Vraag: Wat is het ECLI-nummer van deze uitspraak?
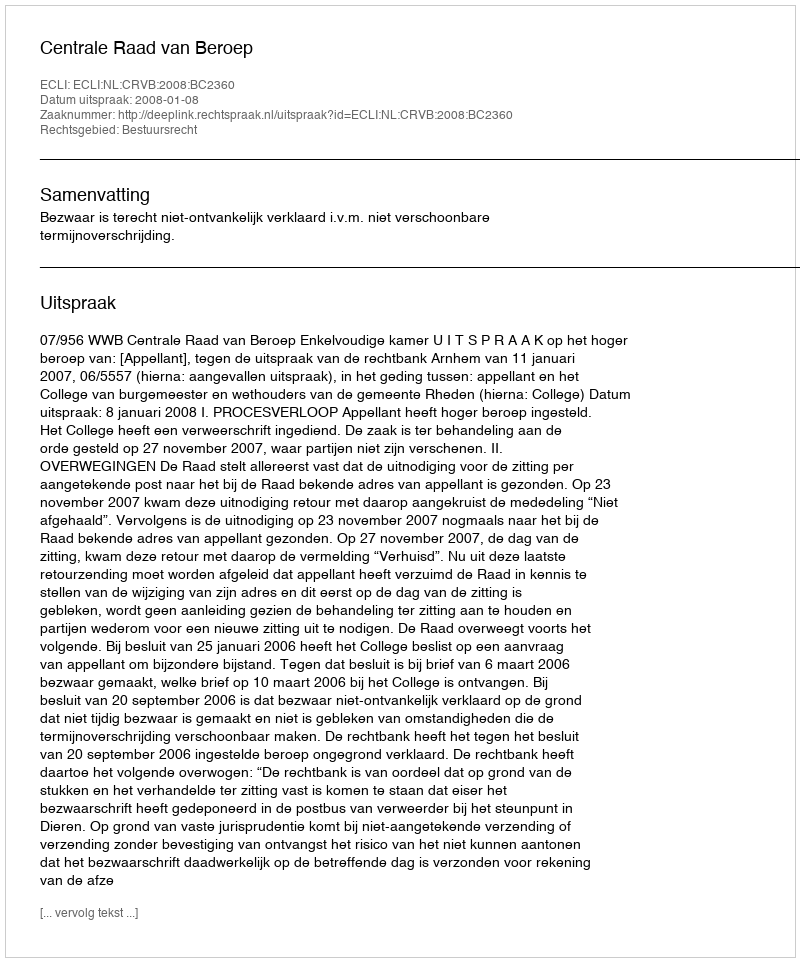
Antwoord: ECLI:NL:CRVB:2008:BC2360